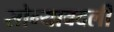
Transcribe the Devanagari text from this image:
सोन्याबदली